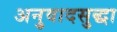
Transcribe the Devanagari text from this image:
अनुवादसुद्धा